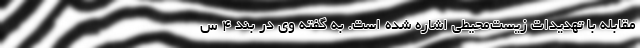
مقابله با تهدیدات زیست‌محیطی اشاره شده است. به گفته وی در بند ۴ س